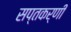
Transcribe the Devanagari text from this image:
सप्तकर्णी